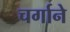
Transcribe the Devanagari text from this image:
चर्गाने